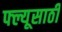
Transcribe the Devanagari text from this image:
फ्ल्यूसाठी